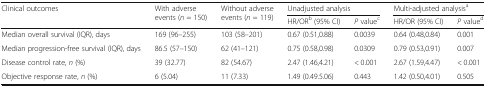
<table><thead><tr><td rowspan="2"><b>Clinical outcomes</b></td><td rowspan="2"><b>With adverse events (<i>n</i> = 150)</b></td><td rowspan="2"><b>Without adverse events (<i>n</i> = 119)</b></td><td colspan="2"><b>Unadjusted analysis</b></td><td colspan="2"><b>Multi-adjusted analysis<sup>a</sup></b></td></tr><tr><td><b>HR/OR<sup>b</sup> (95% CI)</b></td><td><b><i>P</i> value<sup>c</sup></b></td><td><b>HR/OR (95% CI)</b></td><td><b><i>P</i> value<sup>d</sup></b></td></tr></thead><tbody><tr><td>Median overall survival (IQR), days</td><td>169 (96–255)</td><td>103 (58–201)</td><td>0.67 (0.51,0.88)</td><td>0.0039</td><td>0.64 (0.48,0.84)</td><td>0.001</td></tr><tr><td>Median progression-free survival (IQR), days</td><td>86.5 (57–150)</td><td>62 (41–121)</td><td>0.75 (0.58,0.98)</td><td>0.0309</td><td>0.79 (0.53,0.91)</td><td>0.007</td></tr><tr><td>Disease control rate, <i>n</i> (%)</td><td>39 (32.77)</td><td>82 (54.67)</td><td>2.47 (1.46,4.21)</td><td>&lt; 0.001</td><td>2.67 (1.59,4.47)</td><td>&lt; 0.001</td></tr><tr><td>Objective response rate, <i>n</i> (%)</td><td>6 (5.04)</td><td>11 (7.33)</td><td>1.49 (0.49.5.06)</td><td>0.443</td><td>1.42 (0.50,4.01)</td><td>0.505</td></tr></tbody></table>